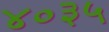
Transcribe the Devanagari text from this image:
४०३५